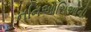
નનિઓસિઓની